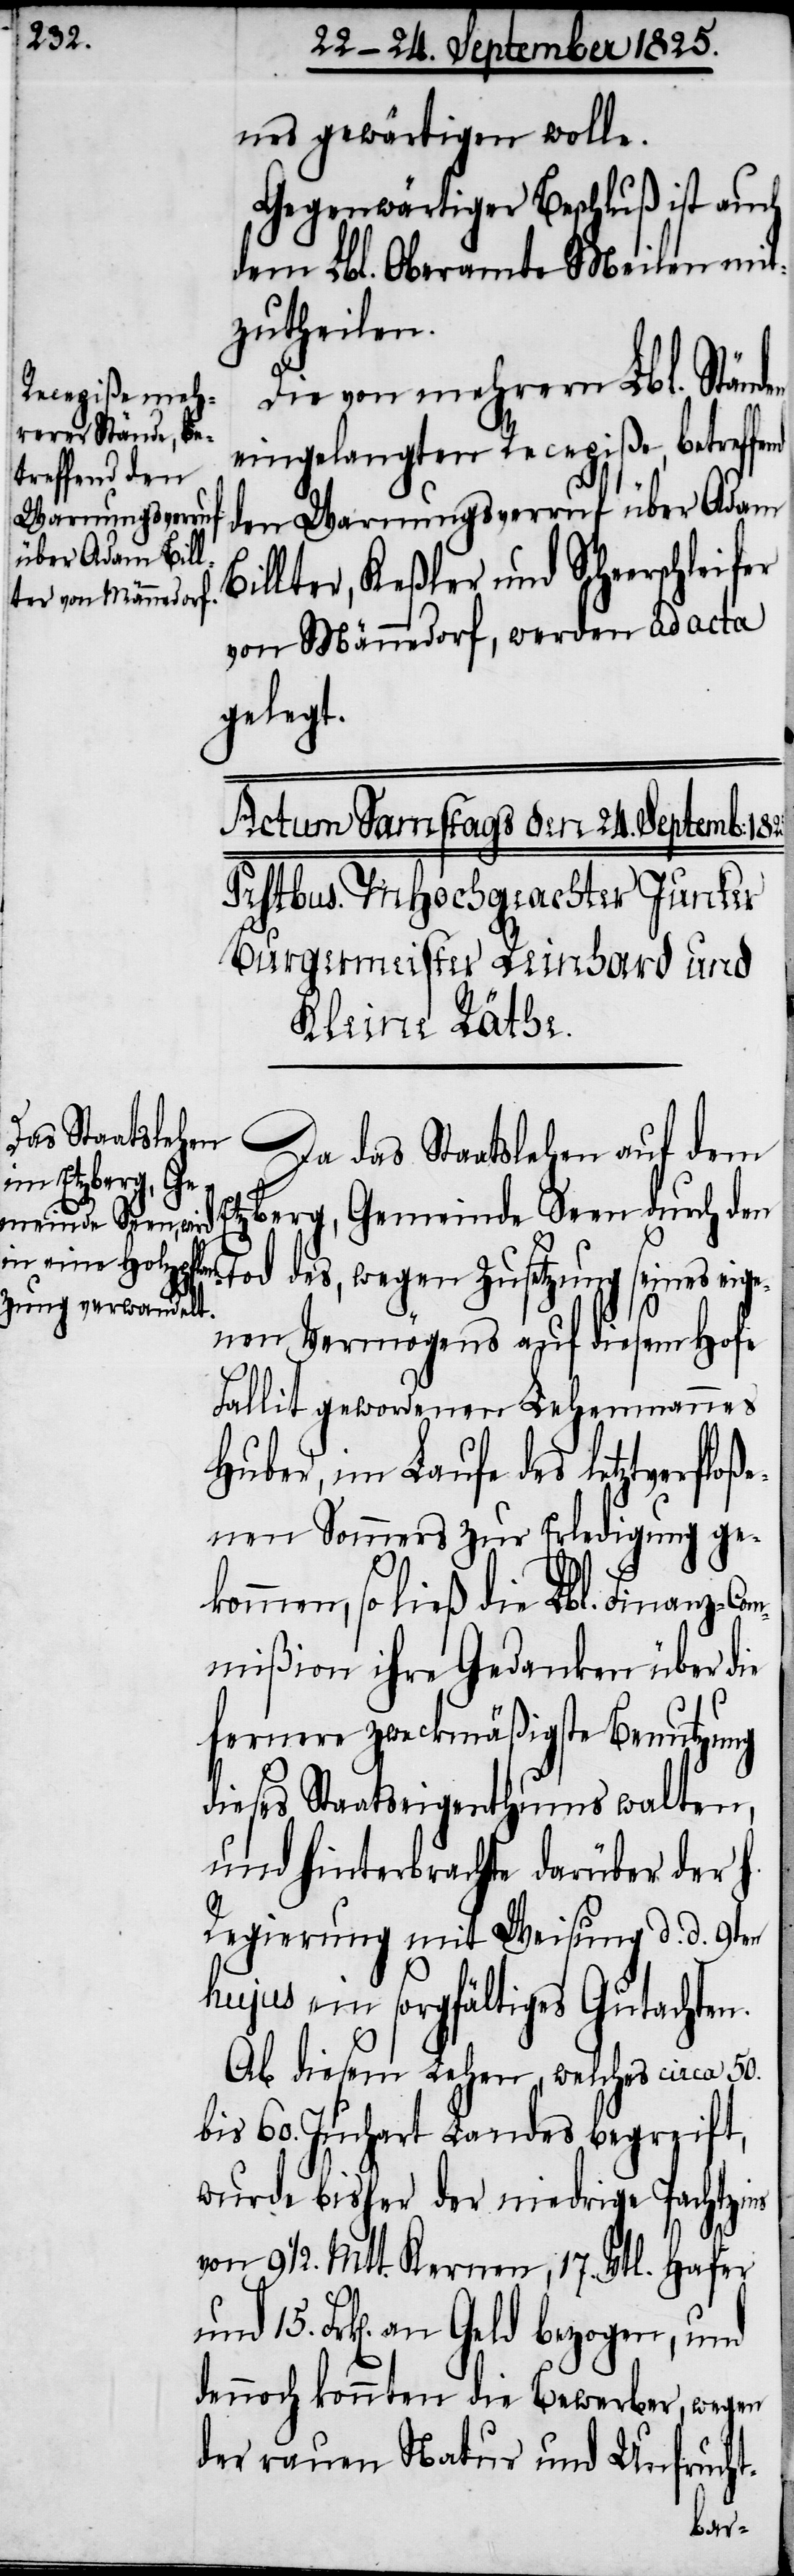
nes gewärtigen wolle.
Gegenwärtiger Beschluß ist auch
dem Lbl. Oberamte Meilen mit¬
zutheilen.
Die von mehrern Lbl. Ständ¬
eingelangten Recepiße, betreffend
den Warnungsverruf über Adam
Billter, Keßler und Scheerschleifer
von Männedorf, werden ad acta
gelegt.
Da das Staatslehen auf dem
Etzberg, Gemeinde Seen durch de¬
n Tod des wegen Zusetzung seines eig¬
enen Vermögens auf diesem Hofe
Fallit gewordenen Lehenmannes
Huber, im Laufe des letztverfloß¬
enen Sommers zu Erledigung ge¬
kommen, so ließ die Lbl. Finanz-Co¬
mmißion ihre Gedanken über die
fernere zweckmäßigste Benutzung
dieses Staatseigenthums walten,
und hinterbrachte darüber der h.
Regierung mit Weisung d. d. 9ten
hujus ein sorgfältiges Gutachten.
Ab diesem Lehen, welches circa 50.
bis 60. Juchart Landes begreift,
wurde bisher der niedrige Pachtzins
15.
von 9 1/2. Mtt. Kernen, 17. Vtl. Hafer
Frk[en]. an Geld bezogen, und
dennoch konnten die Bewerber, wegen
der rauen Natur und Unfrucht-